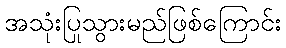
အသုံးပြုသွားမည်ဖြစ်ကြောင်း